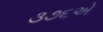
૩૭૬એ